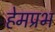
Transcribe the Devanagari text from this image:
हेमप्रभ